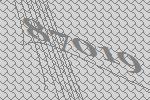
87019